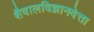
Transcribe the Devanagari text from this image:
शैवालविज्ञानवेत्ता